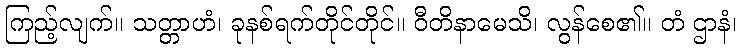
ကြည့်လျက်။ သတ္တာဟံ၊ ခုနစ်ရက်တိုင်တိုင်။ ဝီတိနာမေသိ၊ လွန်စေ၏။ တံ ဌာနံ၊